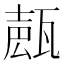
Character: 𤭩